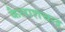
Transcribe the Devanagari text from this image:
कैलाशचन्द्र